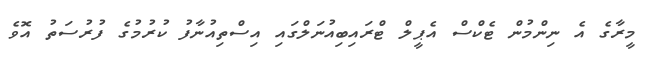
މީރާގެ އެ ނިންމުން ޓެކްސް އެޕީލް ޓްރައިބިއުނަލްގައި އިސްތިއުނާފު ކުރުމުގެ ފުރުސަތު އޮވެ